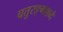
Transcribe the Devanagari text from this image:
चतुरङ्गशब्दे